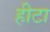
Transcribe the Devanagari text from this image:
हीटा